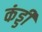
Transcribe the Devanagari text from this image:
कंड्डी